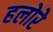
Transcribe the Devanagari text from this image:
हलोरे